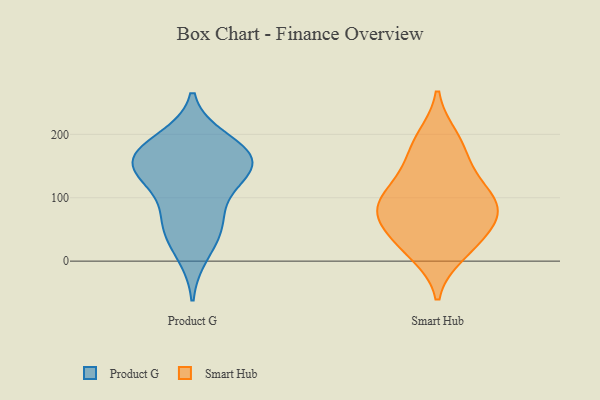
{"axis": {"x": "Conversion Rate (%)", "y": "Value"}, "legend": ["Product G", "Smart Hub"], "data": [{"x": "", "y": 161, "type": "Product G"}, {"x": "", "y": 135, "type": "Product G"}, {"x": "", "y": 11, "type": "Product G"}, {"x": "", "y": 184, "type": "Product G"}, {"x": "", "y": 158, "type": "Product G"}, {"x": "", "y": 71, "type": "Product G"}, {"x": "", "y": 166, "type": "Product G"}, {"x": "", "y": 117, "type": "Product G"}, {"x": "", "y": 156, "type": "Product G"}, {"x": "", "y": 192, "type": "Product G"}, {"x": "", "y": 51, "type": "Product G"}, {"x": "", "y": 139, "type": "Product G"}, {"x": "", "y": 54, "type": "Product G"}, {"x": "", "y": 142, "type": "Smart Hub"}, {"x": "", "y": 194, "type": "Smart Hub"}, {"x": "", "y": 96, "type": "Smart Hub"}, {"x": "", "y": 74, "type": "Smart Hub"}, {"x": "", "y": 180, "type": "Smart Hub"}, {"x": "", "y": 82, "type": "Smart Hub"}, {"x": "", "y": 13, "type": "Smart Hub"}, {"x": "", "y": 77, "type": "Smart Hub"}, {"x": "", "y": 29, "type": "Smart Hub"}, {"x": "", "y": 123, "type": "Smart Hub"}, {"x": "", "y": 83, "type": "Smart Hub"}, {"x": "", "y": 35, "type": "Smart Hub"}]}